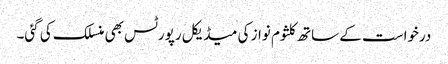
درخواست کے ساتھ کلثوم نواز کی میڈیکل رپورٹس بھی منسلک کی گئی۔